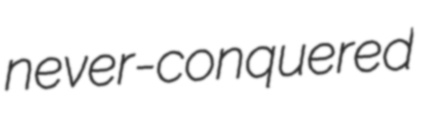
never-conquered